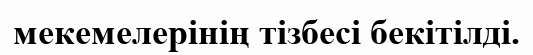
мекемелерінің тізбесі бекітілді.